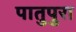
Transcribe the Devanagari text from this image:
पातुपुरा